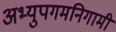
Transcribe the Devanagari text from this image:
अभ्युपगमनिगामी